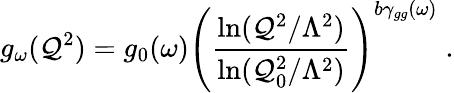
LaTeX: g_{\omega}(\mathcal{Q}^{2})=g_{0}(\omega)\left({\frac{{\ln(\mathcal{Q}^{2}/\Lambda^{2})}}{{\ln(\mathcal{Q}_{0}^{2}/\Lambda^{2})}}}\right)^{b\gamma_{gg}(\omega)}\; .